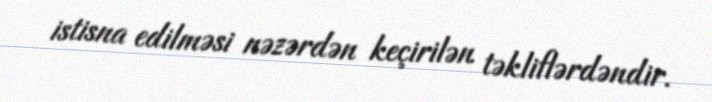
istisna edilməsi nəzərdən keçirilən təkliflərdəndir.